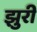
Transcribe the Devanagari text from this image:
झुरी